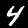
Digit: 4